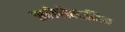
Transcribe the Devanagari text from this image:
स्कोपोलामिन